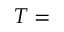
T =